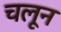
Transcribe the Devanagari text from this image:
चलून